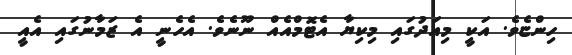
ހިންޏެވެ. އަކީ މިއަދުގައި މިކިޔާ އެޓޮމްއެއް ނޫނެވެ. އެހެނީ އެ ޒަމާނުގައި އެއީ